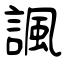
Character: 諷